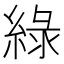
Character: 綠